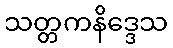
သတ္တကနိဒ္ဒေသ